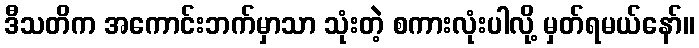
ဒီသတိက အကောင်းဘက်မှာသာ သုံးတဲ့ စကားလုံးပါလို့ မှတ်ရမယ်နော်။